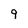
Character: 9